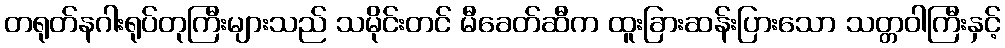
တရုတ်နဂါးရုပ်တုကြီးများသည် သမိုင်းတင် မီခေတ်ဆီက ထူးခြားဆန်းပြားသော သတ္တဝါကြီးနှင့်